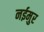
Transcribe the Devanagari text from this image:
नईमुर